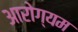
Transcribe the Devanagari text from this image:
आरोग्यम